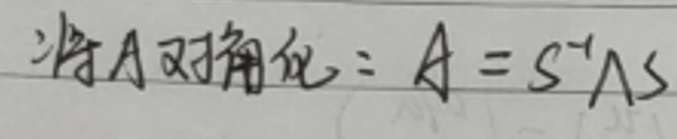
将\(A\)对角化：\(A = S^{-1}\Lambda S\)